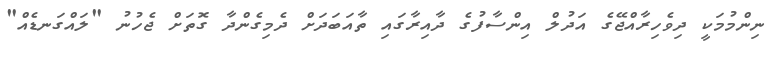
ނިންމުމަކީ ދިވެހިރާއްޖޭގެ އަދުލް އިންސާފުގެ ދާއިރާގައި ތާއަބަދަށް ދެމިގެންދާ ގޮތަށް ޖެހުނު "ލައްގަނޑެއް"